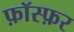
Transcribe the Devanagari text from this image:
फ़ॉस्फ़र